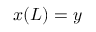
x ( L ) = y